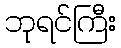
ဘုရင်ကြီး